Report of the Bombay Plague Committee
Disease focus: Plague
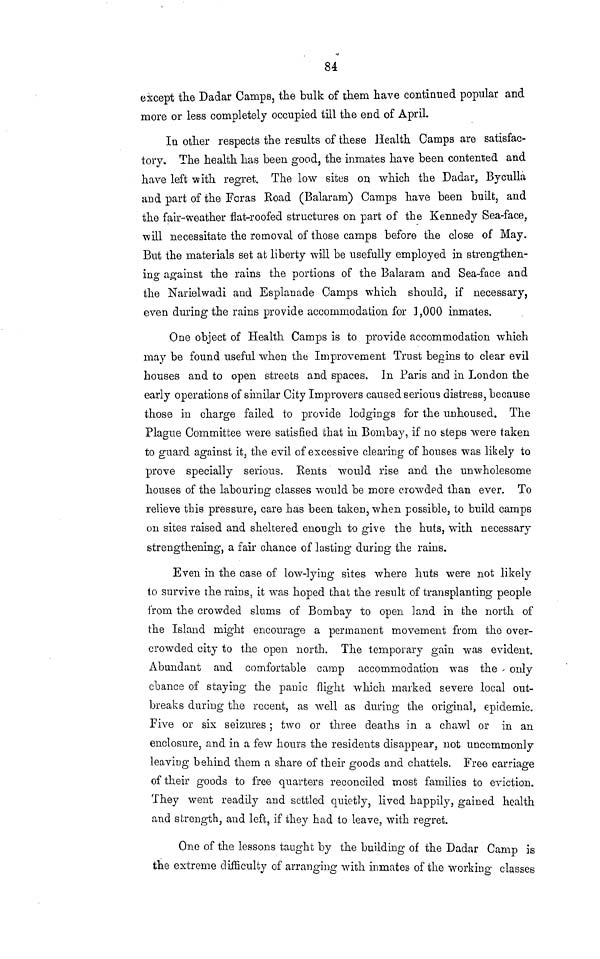
84
except the Dadar Camps, the bulk of them have continued popular and
more or less completely occupied till the end of April.
In other respects the results of these Health Camps are satisfac-
tory. The health has been good, the inmates have been contented and
have left with regret. The low sites on which the Dadar, Byculla
and part of the Foras Road (Balaram) Camps have been built, and
the fair-weather flat-roofed structures on part of the Kennedy Sea-face,
will necessitate the removal of those camps before the close of May.
But the materials set at liberty will be usefully employed in strengthen-
ing against the rains the portions of the Balaram and Sea-face and
the Narielwadi and Esplanade Camps which should, if necessary,
even during the rains provide accommodation for ] ,000 inmates.
One object of Health Camps is to provide accommodation which
may be found useful when the Improvement Trust begins to clear evil
houses and to open streets and spaces. In Paris and in London the
early operations of similar City Improvers caused serious distress, because
those in charge failed to provide lodgings for the unhoused. The
Plague Committee were satisfied that in Bombay, if no steps were taken
to guard against it, the evil of excessive clearing of houses was likely to
prove specially serious. Rents would rise and the unwholesome
houses of the labouring classes would be more crowded than ever. To
relieve this pressure, care has been taken, when possible, to build camps
on sites raised and sheltered enough to give the huts, with necessary
strengthening, a fair chance of lasting during the rains.
Even in the case of low-lying sites where huts were not likely
to survive the rains, it was hoped that the result of transplanting people
from the crowded slums of Bombay to open land in the north of
the Island might encourage a permanent movement from the over-
crowded city to the open north. The temporary gain was evident.
Abundant and comfortable camp accommodation was the only
chance of staying the panic flight which marked severe local out-
breaks during the recent, as well as during the original, epidemic.
Five or six seizures ; two or three deaths in a chawl or in an
enclosure, and in a few hours the residents disappear, not uncommonly
leaving behind them a share of their goods and chattels. Free carriage
of their goods to free quarters reconciled most families to eviction.
They went readily and settled quietly, lived happily, gained health
and strength, and left, if they had to leave, with regret.
One of the lessons taught by the building of the Dadar Camp is
the extreme difficulty of arranging with inmates of the working classes